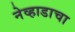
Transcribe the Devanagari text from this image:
नेव्हाडाचा